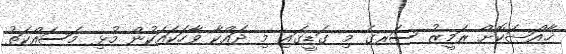
ޚާއްޞަކޮށް ރަމީޒު ސަރގެ މި ގަޑީގައި މި ދައްކާ ވާހަކައަކުން މުޅި މަސައްކަތު